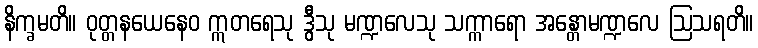
နိက္ခမတိ။ ဝုတ္တနယေနေဝ ဣတရေသု ဒွီသု မဏ္ဍလေသု သက္ကာရော အန္တောမဏ္ဍလေ ဩသရတိ။